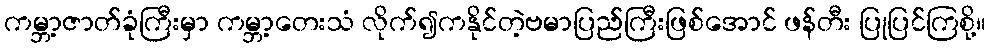
ကမ္ဘာ့ဇာတ်ခုံကြီးမှာ ကမ္ဘာ့တေးသံ လိုက်၍ကနိုင်တဲ့ဗမာပြည်ကြီးဖြစ်အောင် ဖန်တီး ပြုပြင်ကြစို့။